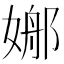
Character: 𡟦